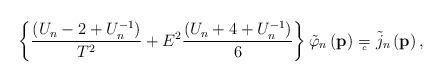
LaTeX: \begin{align*}\left\{ \frac{\left( U_n-2+U_n^{-1}\right) }{T^2}+E^2\frac{\left(U_n+4+U_n^{-1}\right) }6\right\} \tilde{\varphi}_n\left( \mathbf{p}\right) ={}_{{}_{\!\!\!\!\!\!\!c}} \;\, \tilde{j}_n\left( \mathbf{p}\right) ,\end{align*}